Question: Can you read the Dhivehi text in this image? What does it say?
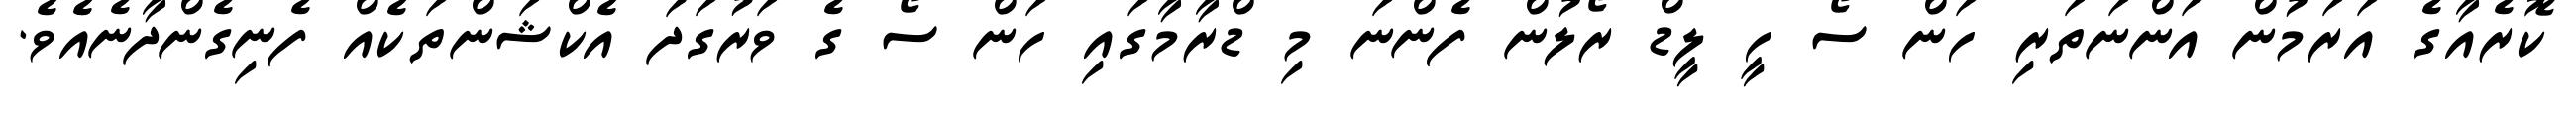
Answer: ކޮރެއާގެ އަރަމުން އަންނަތަރި ހަން ސޯ ހީ ލީޑް ރޯލުން ފެންނަ މި ޑްރާމާގައި ހަން ސޯ ގެ ވަރުގަދަ އެކްޝަންތަކެއް ފެނިގެންދާނެއެވެ.